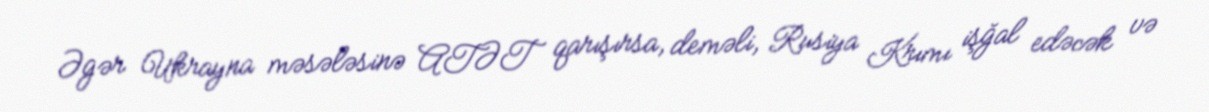
Əgər Ukrayna məsələsinə ATƏT qarışırsa, deməli, Rusiya Krımı işğal edəcək və